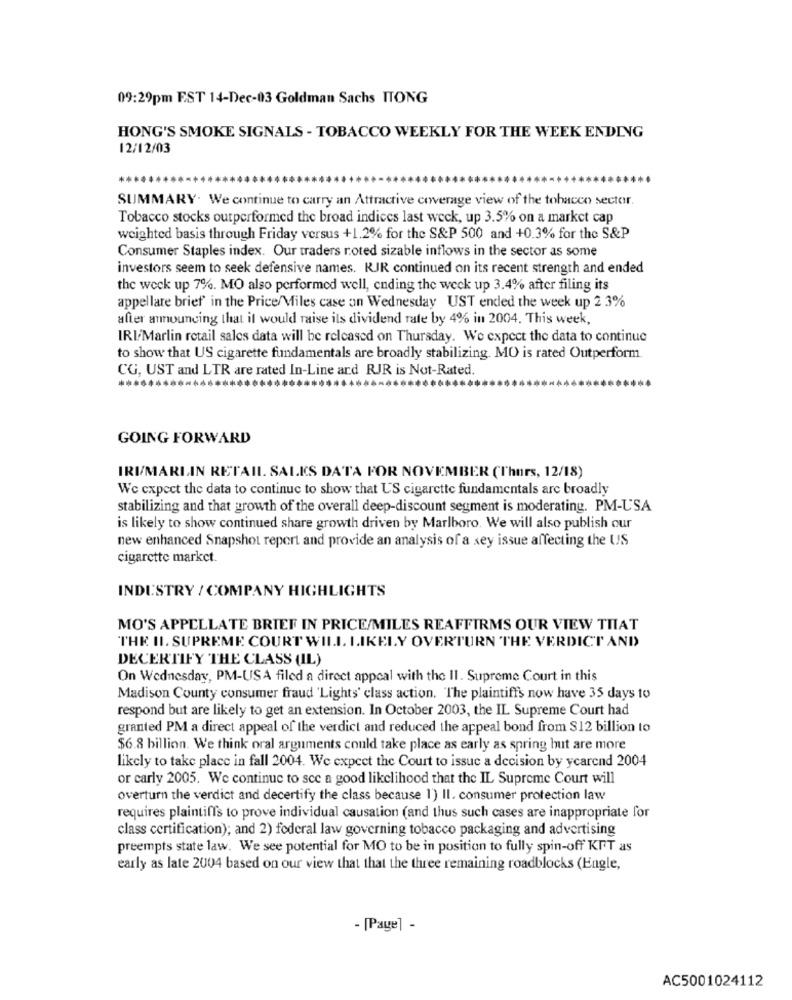
09:29pm EST 14-Dec-03 Goldman Sachs ITONG
HONG'S SMOKE SIGNALS - TOBACCO WEEKLY FOR THE WEEK ENDING
12/12/03
SUMMARY. We continue to carry an Attractive coverage view of the tobacco sector.
Tobacco stocks outperformed the broad indices last week, up 3.5% on a market cap
weighted basis through Friday versus +1.2% for the S&P 500 and +0.3% for the S&P
Consumer Staples index. Our traders roted sizable inflows in the sector as some
investors seem to seek defensive names. RJR continued on its recent strength and ended
the weck up 7%. MO also performed well, ending the weck up 3.4% after filing its
appellare brief in the Price/Miles case on Wednesday UST ended the week up 2 3%
after announcing that il would raise its dividend rate by 4% in 2004. This week,
IRI-Marlin retail sales data will be released on Thursday. We expect the data to continue
to show that US cigarette fundamentals are broadly stabilizing. MO is rated Outperform
CG, UST and LTR are rated In-Line and RJR is Not-Rated
GOING FORWARD
IRI/MARLIN RETAIL SALES DATA FOR NOVEMBER (Thurs, 12/18)
We expect the data to continue to show that US cigarette fundamentals are broadly
stabilizing and that growth of the overall deep-discount segment is moderating. PM-USA
is likely to show continued share growth driven by Marlboro. We will also publish our
new enhanced Snapshot report and provide an analysis of a sey issue affecting the US
cigarette market.
INDUSTRY / COMPANY HIGHLIGHTS
MO'S APPELLATE BRIEF IN PRICE/MILES REAFFIRMS OUR VIEW THAT
THE II. SUPREME COURT WILL LIKELY OVERTURN THE VERDICT AND
DECERTIFY THE CLASS (IL)
On Wednesday, PM-USA filed a direct appeal with the II. Supreme Court in this
Madison County consumer fraud 'Lights' class action. The plaintiffs now have 35 days to
respond but are likely to get an extension. In October 2003, the IL Supreme Court had
granted PM a direct appeal of the verdict and reduced the appeal bond from $12 billion to
$6.8 billion. We think oral arguments could take place as early as spring hut are more
likely to take place in fall 2004. We expect the Court to issue a decision by yearend 2004
or carly 2005. We continue to scc a good likelihood that the IL Supreme Court will
overturn the verdict and decertify the class because 1) II. consumer protection law
requires plaintiffs to prove individual causation (and thus such cases are inappropriate for
class certification); and 2) federal law governing tobacco packaging and advertising
preempts state law. We see potential for MO to be in position to fully spin-off KFT as
early as late 2004 based on our view that that the three remaining roadblocks (Engle,
- [Page] -
AC5001024112